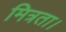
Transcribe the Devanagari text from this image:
मित्रता।